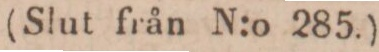
(Slut från N:o 285.)